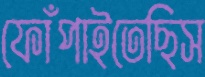
ফোঁপাইতেছিস